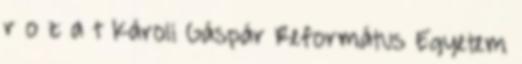
r o z a t Károli Gáspár Református Egyetem